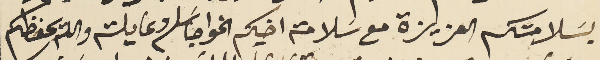
بسَلامتكم العزيزة مع سَلامة اخيكم الخواجا سَلىم وعايلته والله يحفظكم